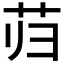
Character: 𰰮